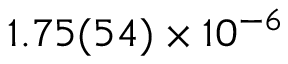
1 . 7 5 ( 5 4 ) \times 1 0 ^ { - 6 }